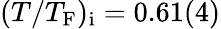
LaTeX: (T/T_{\mathrm{F}})_{\mathrm{i}}=0.61(4)